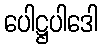
ပေါဋ္ဌပါဒေါ